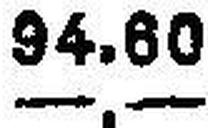
—.—